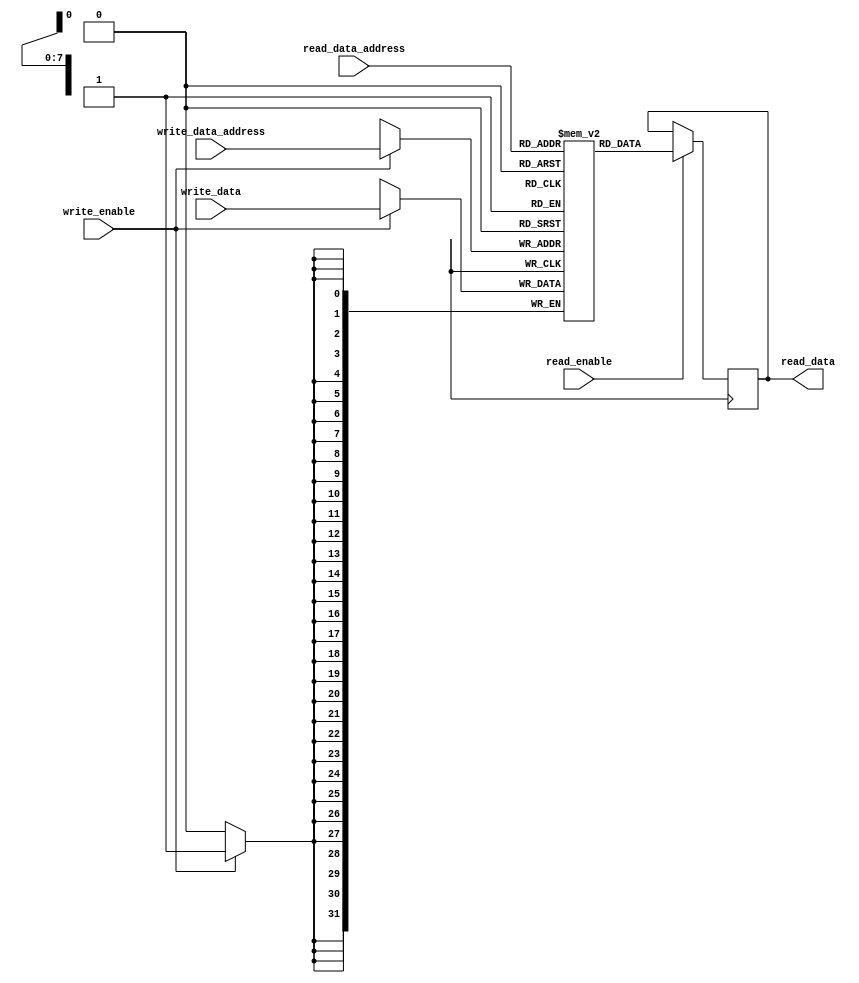
module Circular_Register_File (
  input wire [7:0] read_data_address,
  input wire read_enable,
  output reg [31:0] read_data,
  input wire [7:0] write_data_address,
  input wire write_enable,
  input wire [31:0] write_data
);

reg [31:0] memory [0:255];

always @ (posedge clk) begin
  if (read_enable)
    read_data <= memory[read_data_address];
  
  if (write_enable)
    memory[write_data_address] <= write_data;
end

endmodule